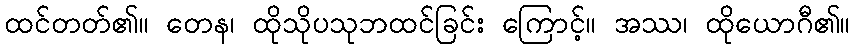
ထင်တတ်၏။ တေန၊ ထိုသိုပသုဘထင်ခြင်း ကြောင့်။ အဿ၊ ထိုယောဂီ၏။